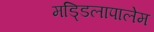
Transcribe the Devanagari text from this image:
मड्डिलापालेम